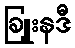
ခြူးနဒီ